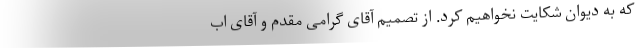
که به دیوان شکایت نخواهیم کرد. از تصمیم آقای گرامی مقدم و آقای اب